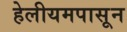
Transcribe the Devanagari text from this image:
हेलीयमपासून